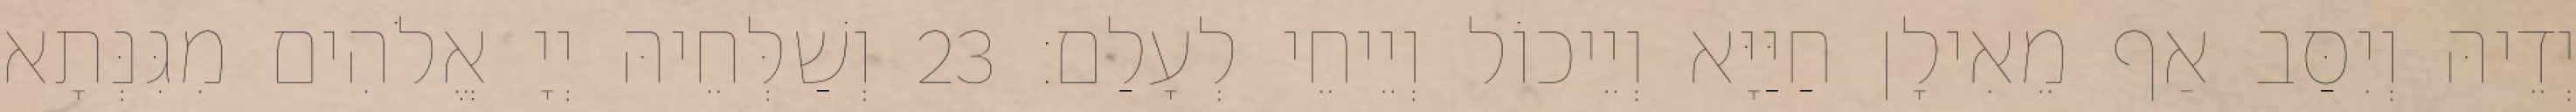
יְדֵיהּ וְיִסַּב אַף מֵאִילָן חַיַּיָּא וְיֵיכוֹל וְיֵיחֵי לְעָלַם׃ 23 וְשַׁלְּחֵיהּ יְיָ אֱלֹהִים מִגִּנְּתָא